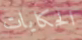
الحكايات